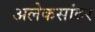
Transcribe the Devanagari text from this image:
अलेकसांदर